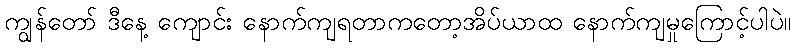
ကျွန်တော် ဒီနေ့ ကျောင်း နောက်ကျရတာကတော့အိပ်ယာထ နောက်ကျမှုကြောင့်ပါပဲ။